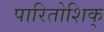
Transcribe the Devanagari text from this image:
पारितोशिक्